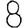
Digit: 8